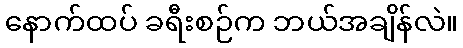
နောက်ထပ် ခရီးစဉ်က ဘယ်အချိန်လဲ။